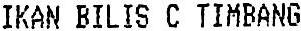
IKAN BILIS C TIMBANG